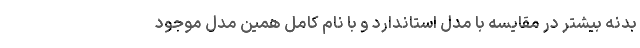
بدنه بیشتر در مقایسه با مدل استاندارد و با نام کامل همین مدل موجود